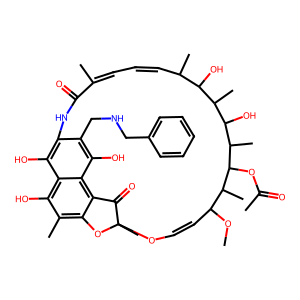
SMILES: COC1C=COC2(C)Oc3c(C)c(O)c4c(O)c(c(CNCc5ccccc5)c(O)c4c3C2=O)NC(=O)C(C)=CC=CC(C)C(O)C(C)C(O)C(C)C(OC(C)=O)C1C
Inhibits HIV replication: No